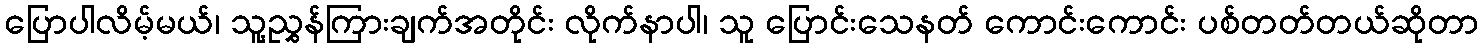
ပြောပါလိမ့်မယ်၊ သူ့ညွှန်ကြားချက်အတိုင်း လိုက်နာပါ၊ သူ ပြောင်းသေနတ် ကောင်းကောင်း ပစ်တတ်တယ်ဆိုတာ